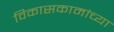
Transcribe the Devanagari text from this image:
विकासकामांच्या